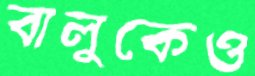
বালুকেও